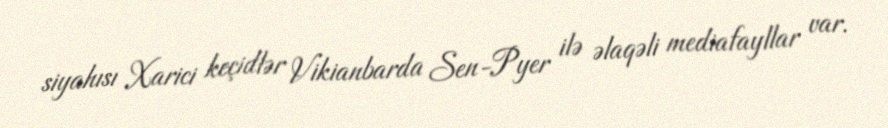
siyahısı Xarici keçidlər Vikianbarda Sen-Pyer ilə əlaqəli mediafayllar var.